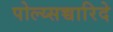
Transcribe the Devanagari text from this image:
पोल्य्सच्चारिदे